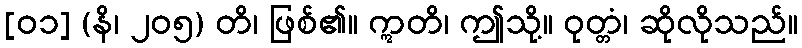
[၀၁] (နိ၊ ၂၀၅) တိ၊ ဖြစ်၏။ ဣတိ၊ ဤသို့။ ဝုတ္တံ၊ ဆိုလိုသည်။